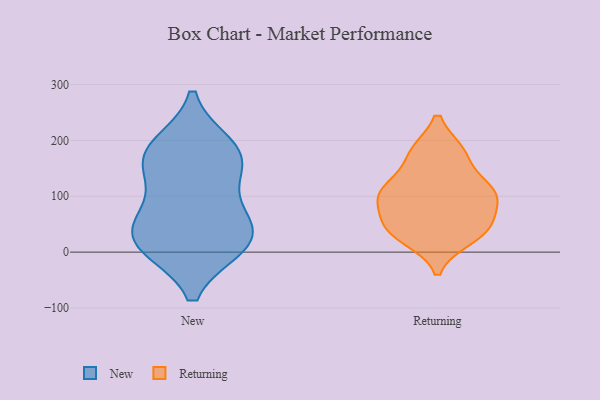
{"axis": {"x": "Humidity (%)", "y": "Value"}, "legend": ["New", "Returning"], "data": [{"x": "", "y": 91, "type": "New"}, {"x": "", "y": 174, "type": "New"}, {"x": "", "y": 189, "type": "New"}, {"x": "", "y": 12, "type": "New"}, {"x": "", "y": 168, "type": "New"}, {"x": "", "y": 57, "type": "New"}, {"x": "", "y": 14, "type": "New"}, {"x": "", "y": 34, "type": "New"}, {"x": "", "y": 17, "type": "New"}, {"x": "", "y": 157, "type": "New"}, {"x": "", "y": 39, "type": "Returning"}, {"x": "", "y": 26, "type": "Returning"}, {"x": "", "y": 60, "type": "Returning"}, {"x": "", "y": 104, "type": "Returning"}, {"x": "", "y": 178, "type": "Returning"}, {"x": "", "y": 178, "type": "Returning"}, {"x": "", "y": 103, "type": "Returning"}, {"x": "", "y": 44, "type": "Returning"}, {"x": "", "y": 109, "type": "Returning"}, {"x": "", "y": 111, "type": "Returning"}]}